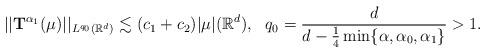
LaTeX: \begin{align*}||\mathbf{T}^{\alpha_1}(\mu)||_{L^{q_0}(\mathbb{R}^d)}\lesssim(c_1+c_2)|\mu|(\mathbb{R}^d), ~~ q_0=\frac{d}{d-\frac{1}{4}\min\{\alpha,\alpha_0,\alpha_1\}}>1.\end{align*}